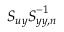
\boldsymbol { S _ { u y } } \boldsymbol { S } _ { \boldsymbol { y y , n } } ^ { - 1 }